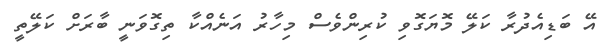
އޭ ބަޑިއެދުރާ ކަލޭ މޮޔަގޮވި ކުރިންވެސް މިހާރު އަނެއްކާ ތިގޮވަނީ ބާރަށް ކަލޭތީ